Malarial fevers
Disease focus: Malaria
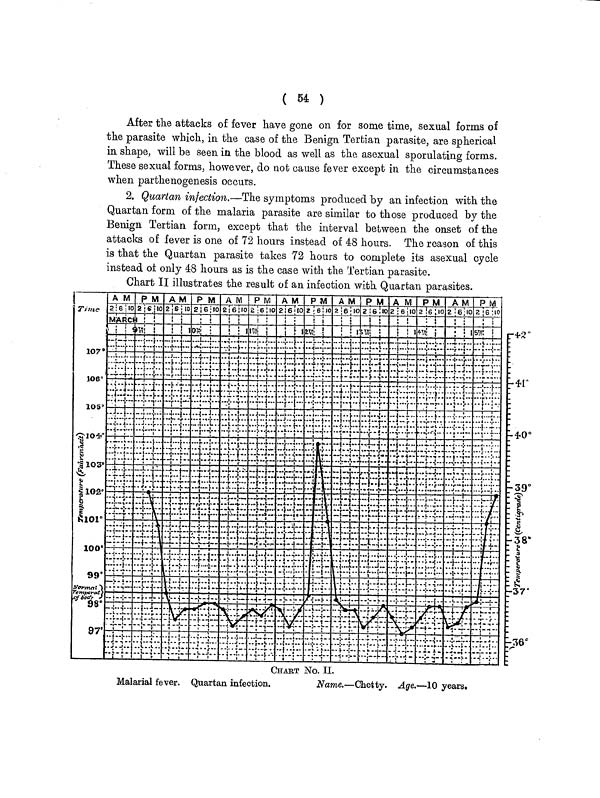
( 54 )
After the attacks of fever have gone on for some time, sexual forms of
the parasite which, in the case of the Benign Tertian parasite, are spherical
hi shape, will be seen in the blood as well as the asexual sporulating forms.
These sexual forms, however, do not cause fever except in the circumstances
when parthenogenesis occurs.
2. Quartan infection.—The symptoms produced by an infection with the
Quartan form of the malaria parasite are similar to those produced by the
Benign Tertian form, except that the interval between the onset of the
attacks of fever is one of 72 hours instead of 48 hours. The reason of this
is that the Quartan parasite takes 72 hours to complete its asexual cycle
instead of only 48 hours as is the case with the Tertian parasite.
Chart II illustrates the result of an infection with Quartan parasites.
CHART No. II.
Malarial fever. Quartan infection.
Name.—Chetty. Age.—10 years.